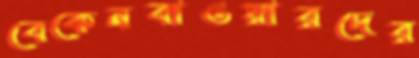
বেকেনবাওয়ারদের